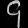
Digit: ၄